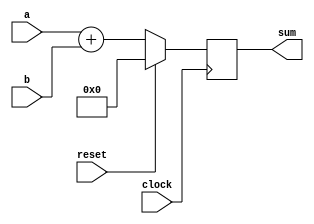
module adder_verilator (
  input clock,
  input reset,
  input [3:0] a,
  input [3:0] b,
  output reg [4:0] sum
);

always@(posedge clock) begin
  if(reset) begin
    sum <= 0;
  end else begin
    sum <= a + b;
  end
end

endmodule